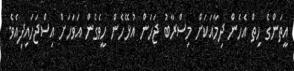
އީތަންގެ ހިތް އެހެން ދިމާއަކަށް މިސްރާބު ޖަހަން އުޅޭހެން ހީވެގެން އަވަހަށް އިސްޖަހައިފިއެވެ.